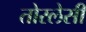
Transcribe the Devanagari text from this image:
तोरलेसी